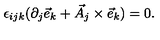
\epsilon _ { i j k } ( \partial _ { j } { \vec { e } } _ { k } + { \vec { A } } _ { j } \times { \vec { e } } _ { k } ) = 0 .